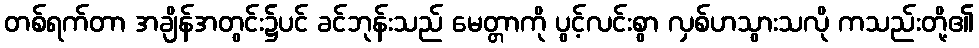
တစ်ရက်တာ အချိန်အတွင်း၌ပင် ခင်ဘုန်းသည် မေတ္တာကို ပွင့်လင်းစွာ လှစ်ဟသွားသလို ကသည်းတို့၏